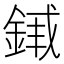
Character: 𬫣